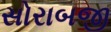
સોરાબજી